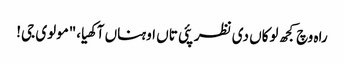
راہ وچ کجھ لوکاں دی نظر پئی تاں اوہناں آکھیا،"مولوی جی!